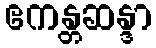
ဧကန္တဆန္ဒာ